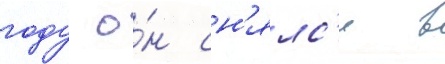
году о́н сн'ялс'я в